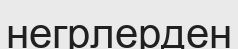
негрлерден